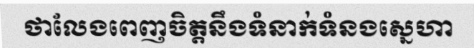
ថាលែងពេញចិត្តនឹងទំនាក់ទំនងស្នេហា